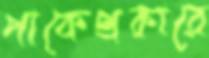
পাকেপ্রকারে